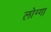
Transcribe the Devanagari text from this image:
लोग्गा